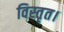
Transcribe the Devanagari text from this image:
विस्तृत।